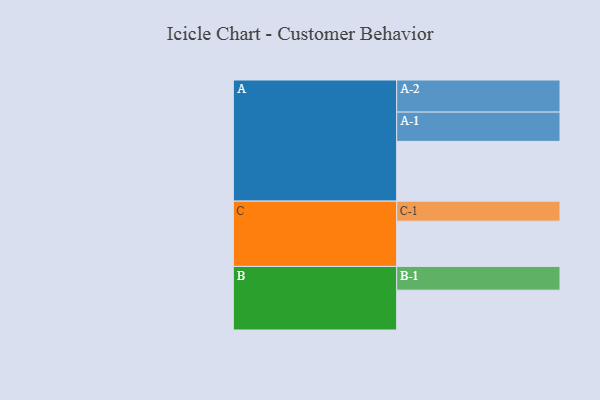
{"axis": {"x": "Segment", "y": "Value"}, "legend": ["", "A", "B", "C"], "data": [{"x": "A", "y": 486, "type": ""}, {"x": "B", "y": 324, "type": ""}, {"x": "C", "y": 368, "type": ""}, {"x": "A-1", "y": 238, "type": "A"}, {"x": "A-2", "y": 261, "type": "A"}, {"x": "B-1", "y": 193, "type": "B"}, {"x": "C-1", "y": 163, "type": "C"}]}